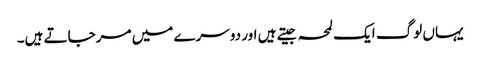
یہاں لوگ ایک لمحہ جیتے ہیں اور دوسرے میں مرجاتے ہیں۔